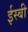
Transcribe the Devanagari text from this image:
ईस्बी